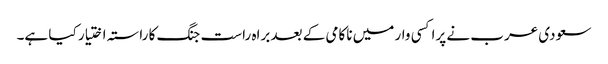
سعودی عرب نے پراکسی وار میں ناکامی کے بعد براہ راست جنگ کا راستہ اختیار کیا ہے۔